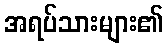
အရပ်သားများ၏